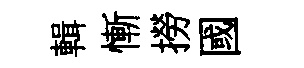
輯慚撈國